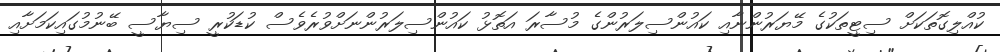
ކުއްލިގޮތަކަށް ސިޓީތަކުގެ މޭޔަރުންނާއި ކައުންސިލަރުންގެ މުސާރަ އަތޮޅު ކައުންސިލަރުންނަށްވުރެވެސް ކުޑަކުރީ ސިޔާސީ ބޭނުމުގައިކަމަށާއި